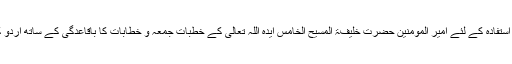
دنیا بھر کے مختلف علاقوں میں مختلف قوموں سے تعلق رکھنے والے احباب کے استفادہ کے لئے امیر المومنین حضرت خلیفۃ المسیح الخامس ایدہ اللہ تعالیٰ کے خطبات جمعہ و خطابات کا باقاعدگی کے ساتھ اردو کے علاوہ سات زبانوں میں رواں ترجمہ ایم ٹی اے پر براہِ راست نشر کیا جاتا ہے۔